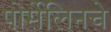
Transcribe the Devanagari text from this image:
पोर्सेलिनचे